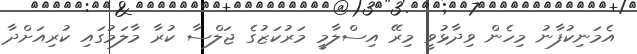
އެމަނިކުފާނު މިހެން ވިދާޅުވީ މިރޭ އިސްލާމީ މަރުކަޒުގެ ޖަލްސާ ކުރާ މާލަމުގައި ކުރިއަށްދާ